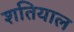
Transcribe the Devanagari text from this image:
शतियाल